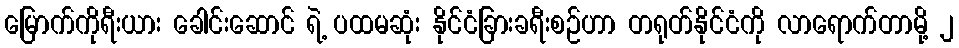
မြောက်ကိုရီးယား ခေါင်းဆောင် ရဲ့ ပထမဆုံး နိုင်ငံခြားခရီးစဉ်ဟာ တရုတ်နိုင်ငံကို လာရောက်တာမို့ ၂